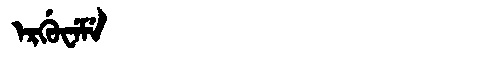
Manchu: ᡝᡵᡤᡠᠸᡝᠮᡝ
Romanization: ERGUWEME